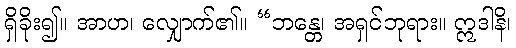
ရှိခိုး၍။ အာဟ၊ လျှောက်၏။ “ဘန္တေ၊ အရှင်ဘုရား။ ဣဒါနိ၊